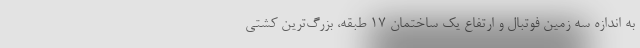
به اندازه سه زمین فوتبال و ارتفاع یک ساختمان 17 طبقه، بزرگ‌ترین کشتی